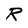
Character: R